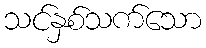
သင်နှစ်သက်သော